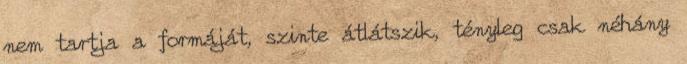
nem tartja a formáját, szinte átlátszik, tényleg csak néhány